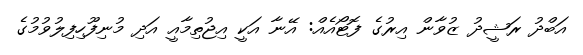
އަބްދު ރަޝީދު ޒުވާން އިރުގެ ފޮޓޯއެއް: އޭނާ އަކީ އިޖުތިމާއީ އަދި މުނިފޫހިފިލުވުމުގެ